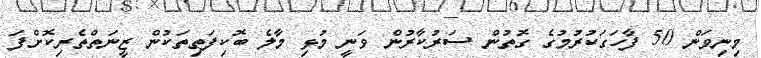
މިނިވަން 50 ފާހަގަކުރުމުގެ ގޮތުން ސަރުކާރުން ވަނީ މުޅި މާލެ ބޮކިފަތިތަކުން ޒީނަތްތެރިކޮށްފަ